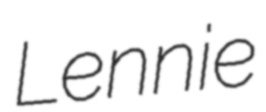
Lennie